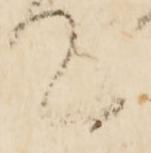
て